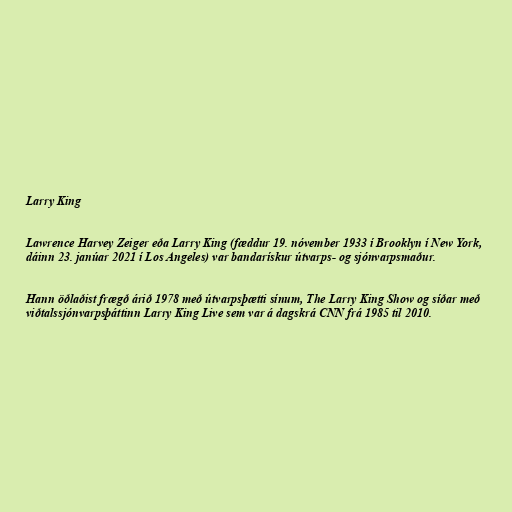
Larry King

Lawrence Harvey Zeiger eða Larry King (fæddur 19. nóvember 1933 í Brooklyn í New York,
dáinn 23. janúar 2021 í Los Angeles) var bandarískur útvarps- og sjónvarpsmaður.

Hann öðlaðist frægð árið 1978 með útvarpsþætti sínum, The Larry King Show og síðar með
viðtalssjónvarpsþáttinn Larry King Live sem var á dagskrá CNN frá 1985 til 2010.